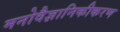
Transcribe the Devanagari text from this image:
मनोवैज्ञानिकीकरण